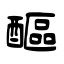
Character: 醧